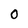
Character: 0